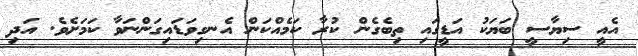
އެއީ ސިޔާސީ ބަޔަކު އަޑީގައި ތިބެގެން ކުރާ ކަމެއްކަން އެނގިވަޑައިގަަންނަވާ ކަމަށެވެ. އަދި